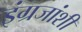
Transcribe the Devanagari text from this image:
इंग्रजांशीं